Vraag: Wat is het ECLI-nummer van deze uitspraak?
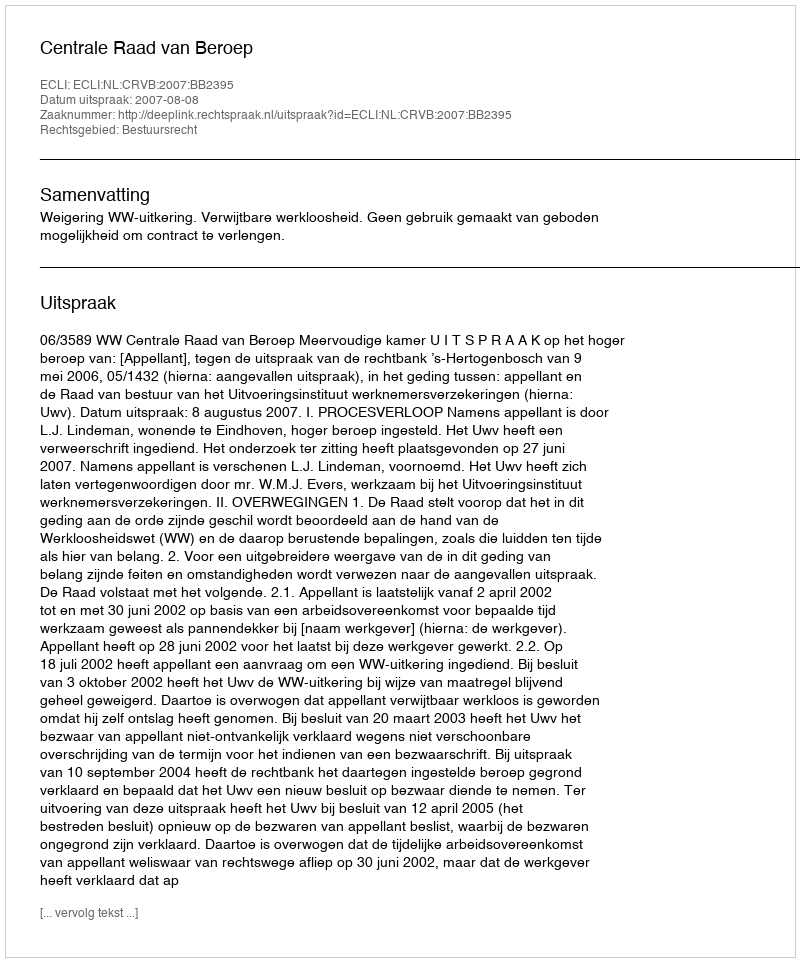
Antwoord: ECLI:NL:CRVB:2007:BB2395